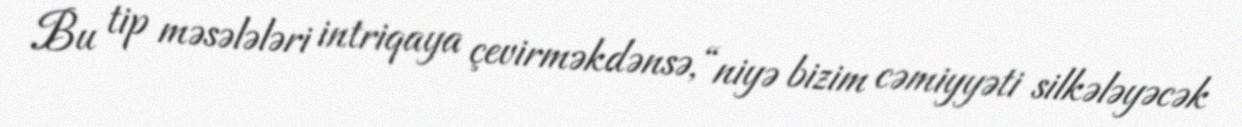
Bu tip məsələləri intriqaya çevirməkdənsə, “niyə bizim cəmiyyəti silkələyəcək